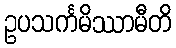
ဥပသင်္ကမိဿာမီတိ